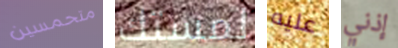
متحمسين لمستك عليه إذني